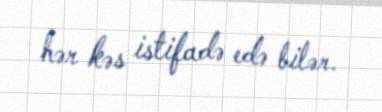
hər kəs istifadə edə bilər.